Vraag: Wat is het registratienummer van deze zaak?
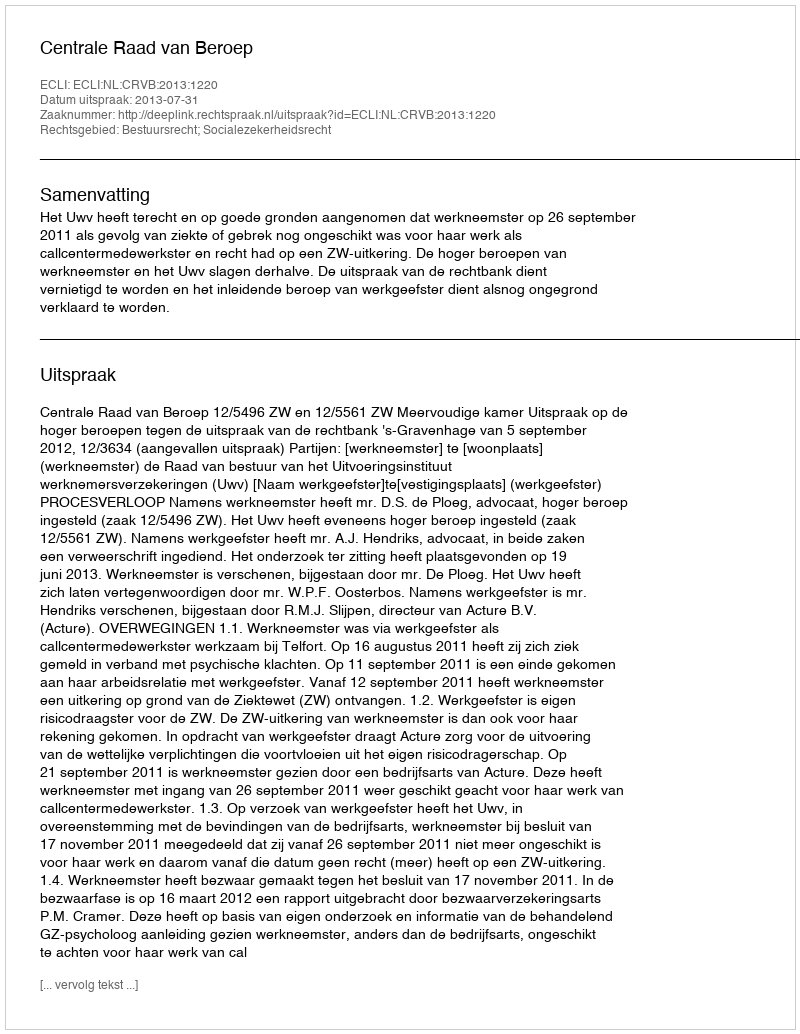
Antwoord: http://deeplink.rechtspraak.nl/uitspraak?id=ECLI:NL:CRVB:2013:1220